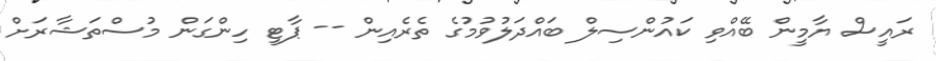
ރައީސް ޔާމީން ބޭއްވި ކައުންސިލް ބައްދަލުވުމުގެ ތެރެއިން -- ޕާޓީ ހިންގަން މުސްތަޝާރަށް